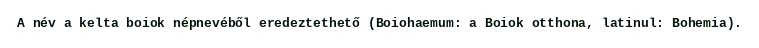
A név a kelta boiok népnevéből eredeztethető (Boiohaemum: a Boiok otthona, latinul: Bohemia).